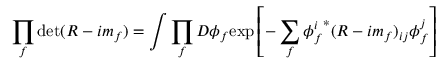
\prod _ { f } \operatorname * { d e t } ( R - i m _ { f } ) = \int \prod _ { f } D \phi _ { f } \mathrm { e x p } \left[ - \sum _ { f } { \phi _ { f } ^ { i } } ^ { * } ( R - i m _ { f } ) _ { i j } \phi _ { f } ^ { j } \right]